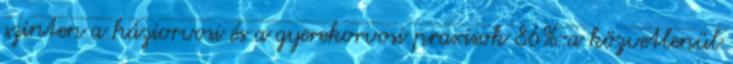
szinten a háziorvosi és a gyerekorvosi praxisok 86%-a közvetlenül